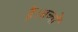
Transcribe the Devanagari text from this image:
हैं।बच्चों